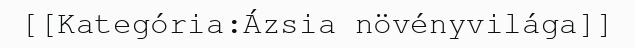
[[Kategória:Ázsia növényvilága]]